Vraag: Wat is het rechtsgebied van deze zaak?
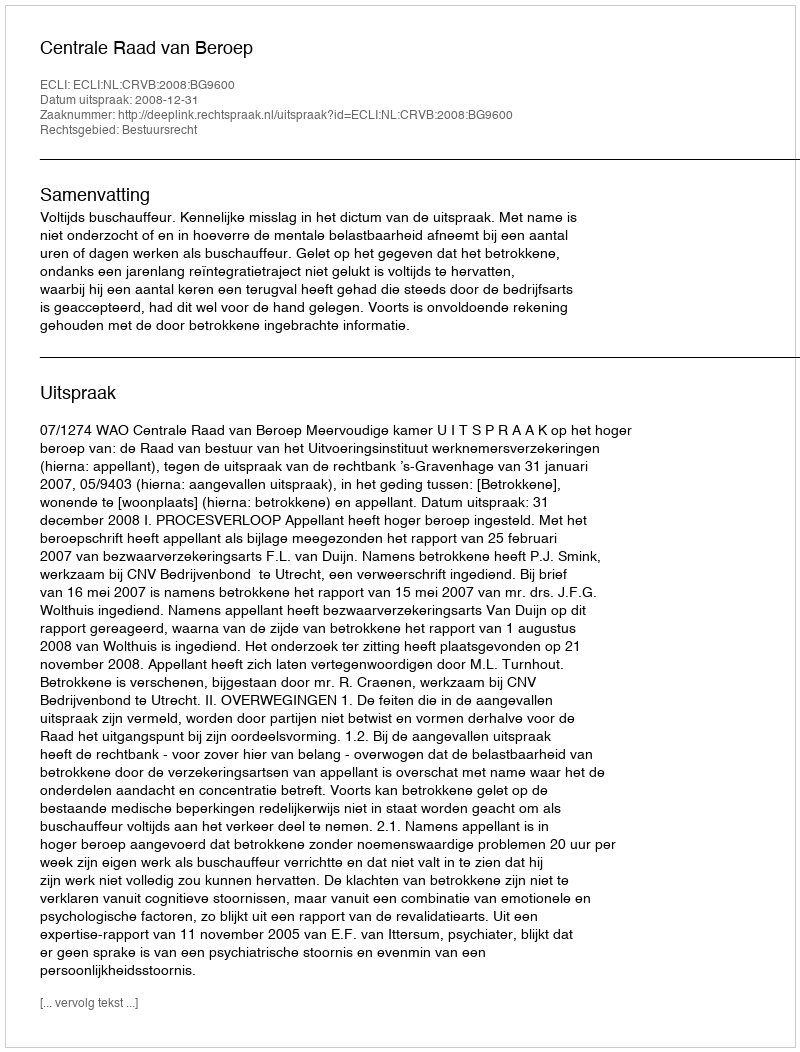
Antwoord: Bestuursrecht